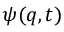
\psi ( q , t )